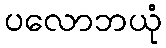
ပလောဘယုံ